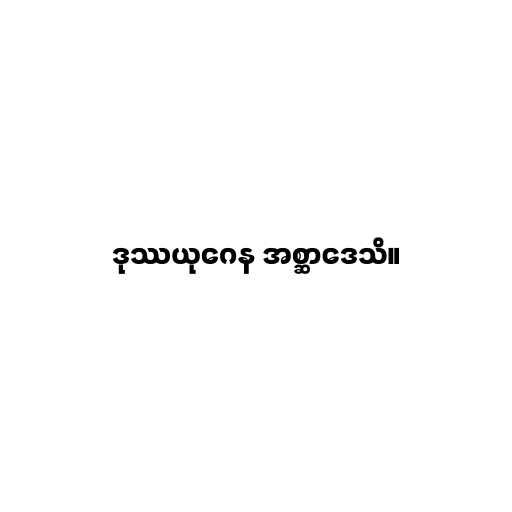
ဒုဿယုဂေန အစ္ဆာဒေသိ။